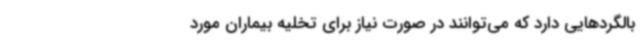
بالگردهایی دارد که می‌توانند در صورت نیاز برای تخلیه بیماران مورد